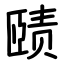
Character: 赜